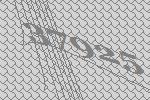
37925